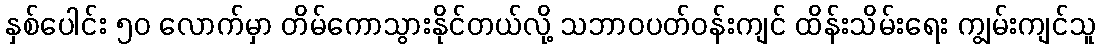
နှစ်ပေါင်း ၅၀ လောက်မှာ တိမ်ကောသွားနိုင်တယ်လို့ သဘာဝပတ်ဝန်းကျင် ထိန်းသိမ်းရေး ကျွမ်းကျင်သူ